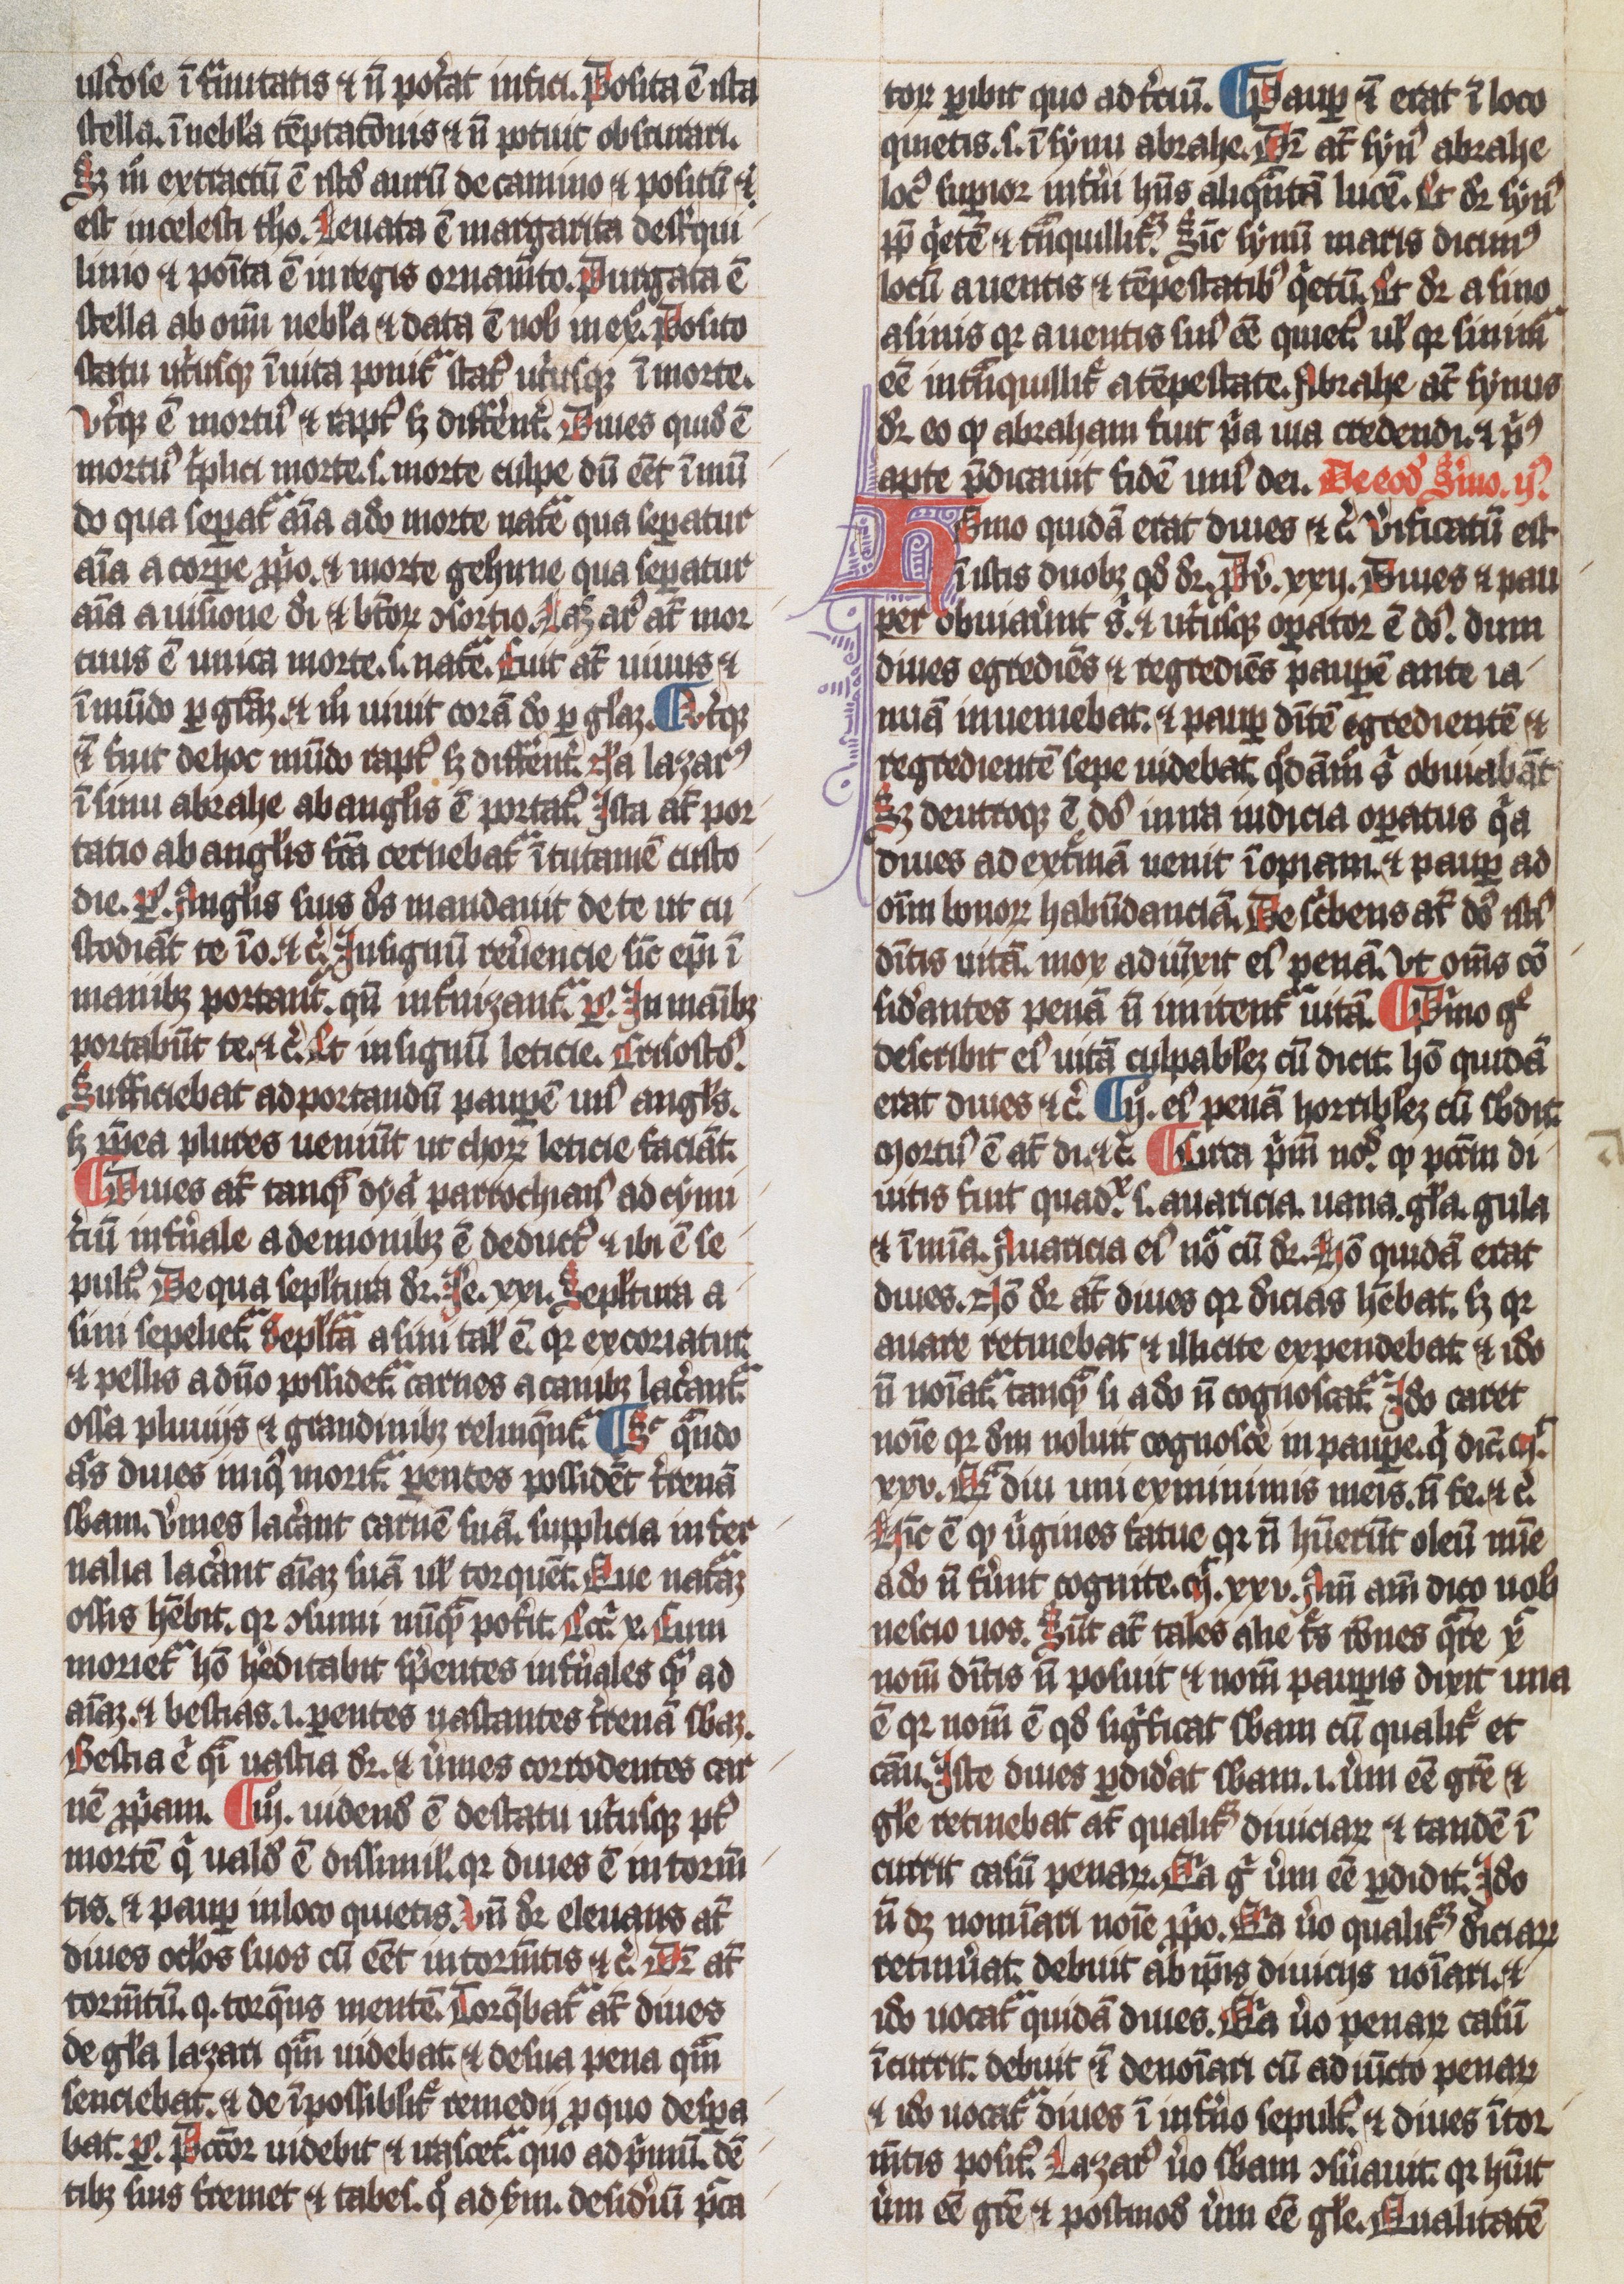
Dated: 1300–1349